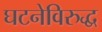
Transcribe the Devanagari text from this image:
घटनेविरुद्ध